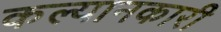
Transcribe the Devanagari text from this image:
कल्यानकारी